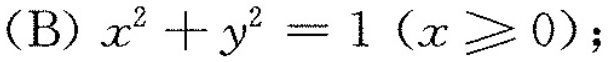
(B)$$x^{2}+y^{2}=1(x\geqslant 0)$$；